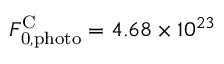
F _ { \mathrm { 0 , p h o t o } } ^ { \mathrm { C } } = 4 . 6 8 \times 1 0 ^ { 2 3 }